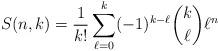
LaTeX: \begin{align*}S(n,k)=\frac1{k!}\sum_{\ell=0}^k(-1)^{k-\ell}\binom{k}{\ell}\ell^{n}\end{align*}